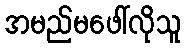
အမည်မဖေါ်လိုသူ